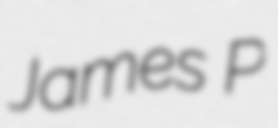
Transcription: James P